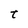
Character: t